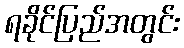
ရခိုင်ပြည်အတွင်း